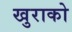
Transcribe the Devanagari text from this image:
खुराको